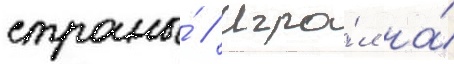
страны́ // Игра́л на́